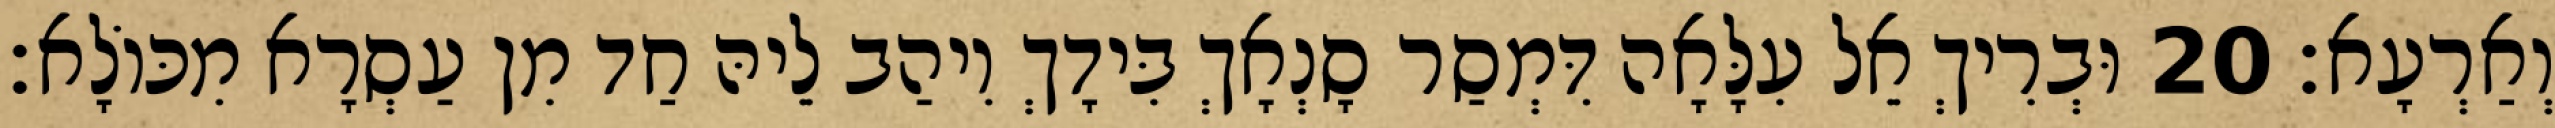
וְאַרְעָא׃ 20 וּבְרִיךְ אֵל עִלָּאָה דִּמְסַר סָנְאָךְ בִּידָךְ וִיהַב לֵיהּ חַד מִן עַסְרָא מִכּוֹלָא׃